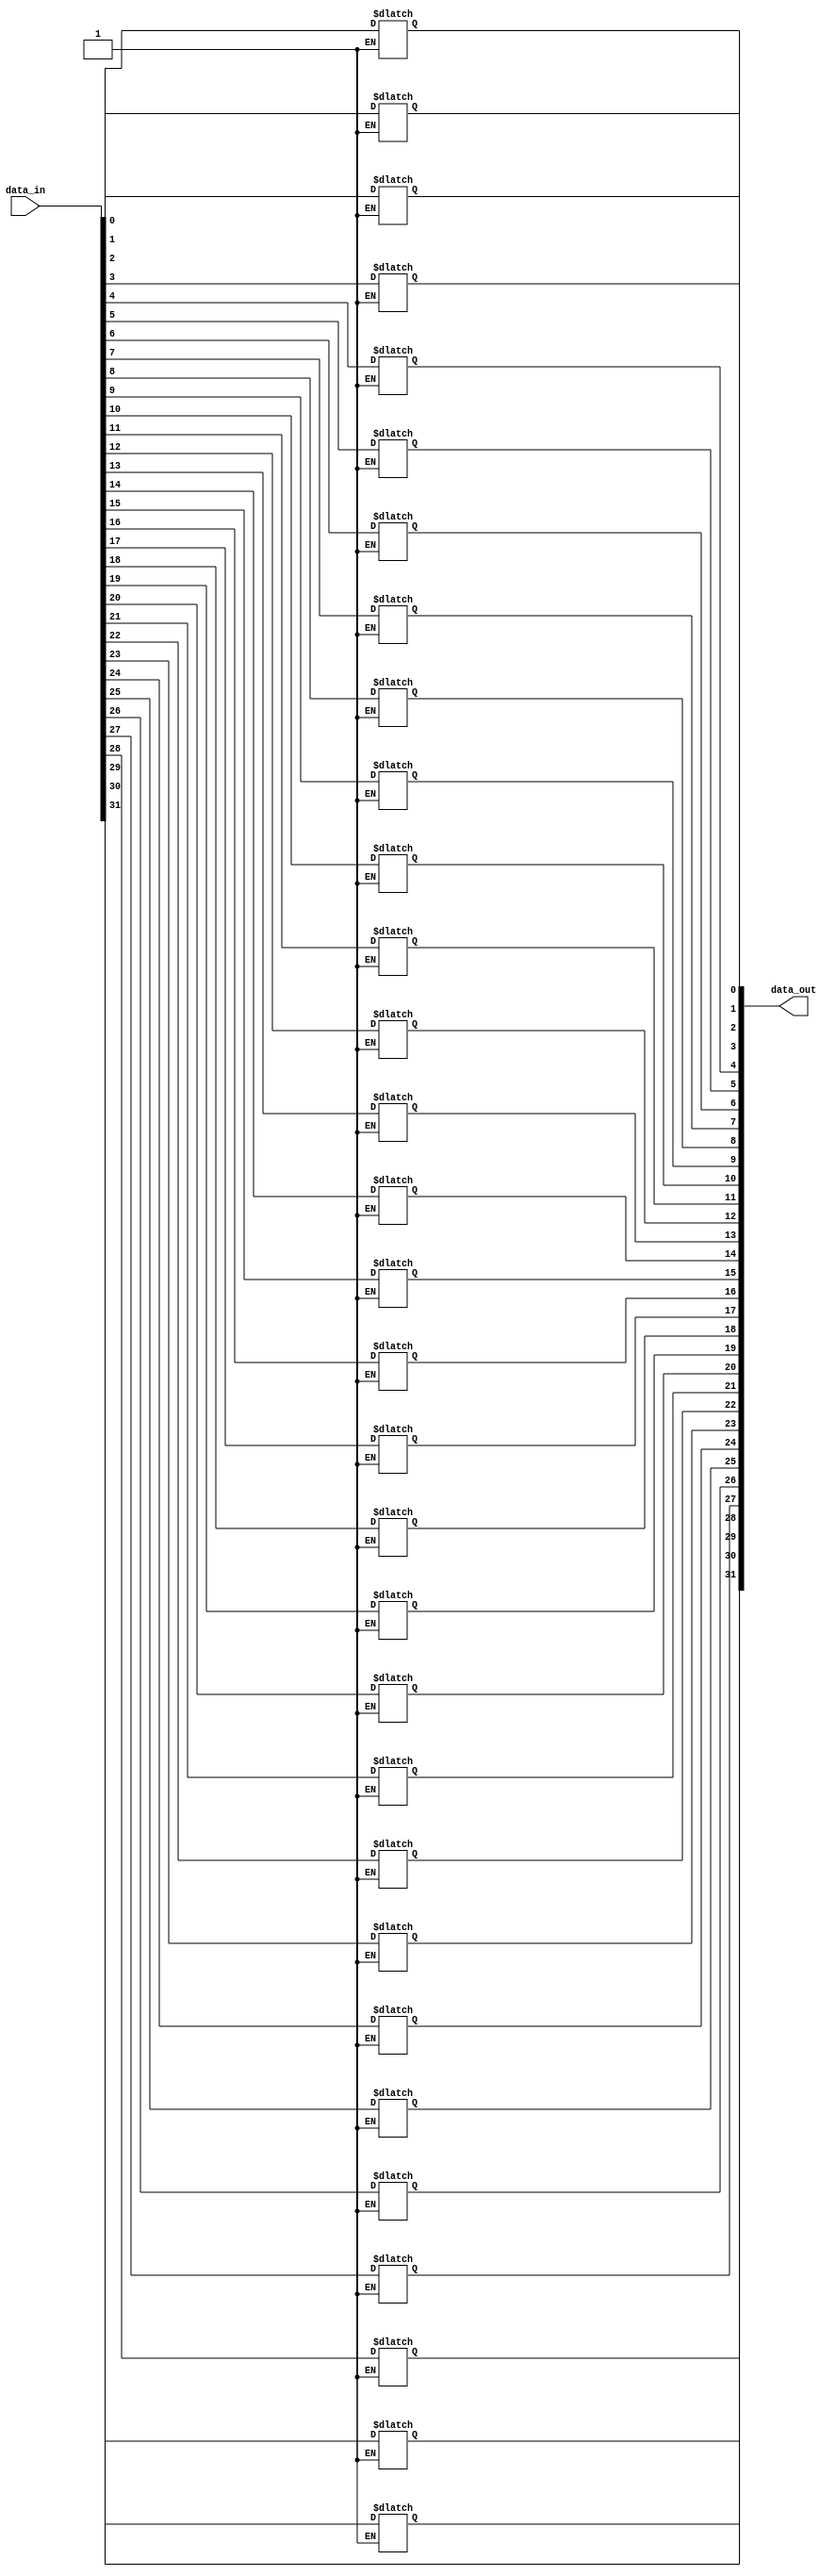
module c_extractor
  (data_in, data_out);
   parameter width = 32;
   function integer pop_count(input [0:width-1] argument);
      integer i;
      begin
	 pop_count = 0;
	 for(i = 0; i < width; i = i + 1)
	   pop_count = pop_count + argument[i];
      end
   endfunction
   parameter [0:width-1] mask = {width{1'b1}};
   localparam new_width = pop_count(mask);
   input [0:width-1] data_in;
   output [0:new_width-1] data_out;
   reg [0:new_width-1] data_out;
   reg 		       unused;
   integer 	       idx1, idx2;
   always @(data_in)
     begin
	unused = 1'b0;
	idx2 = 0;
	for(idx1 = 0; idx1 < width; idx1 = idx1 + 1)
	  if(mask[idx1] == 1'b1)
	    begin
	       data_out[idx2] = data_in[idx1];
	       idx2 = idx2 + 1;
	    end
	  else
	    begin
	       unused = unused | data_in[idx1];
	    end
     end
endmodule